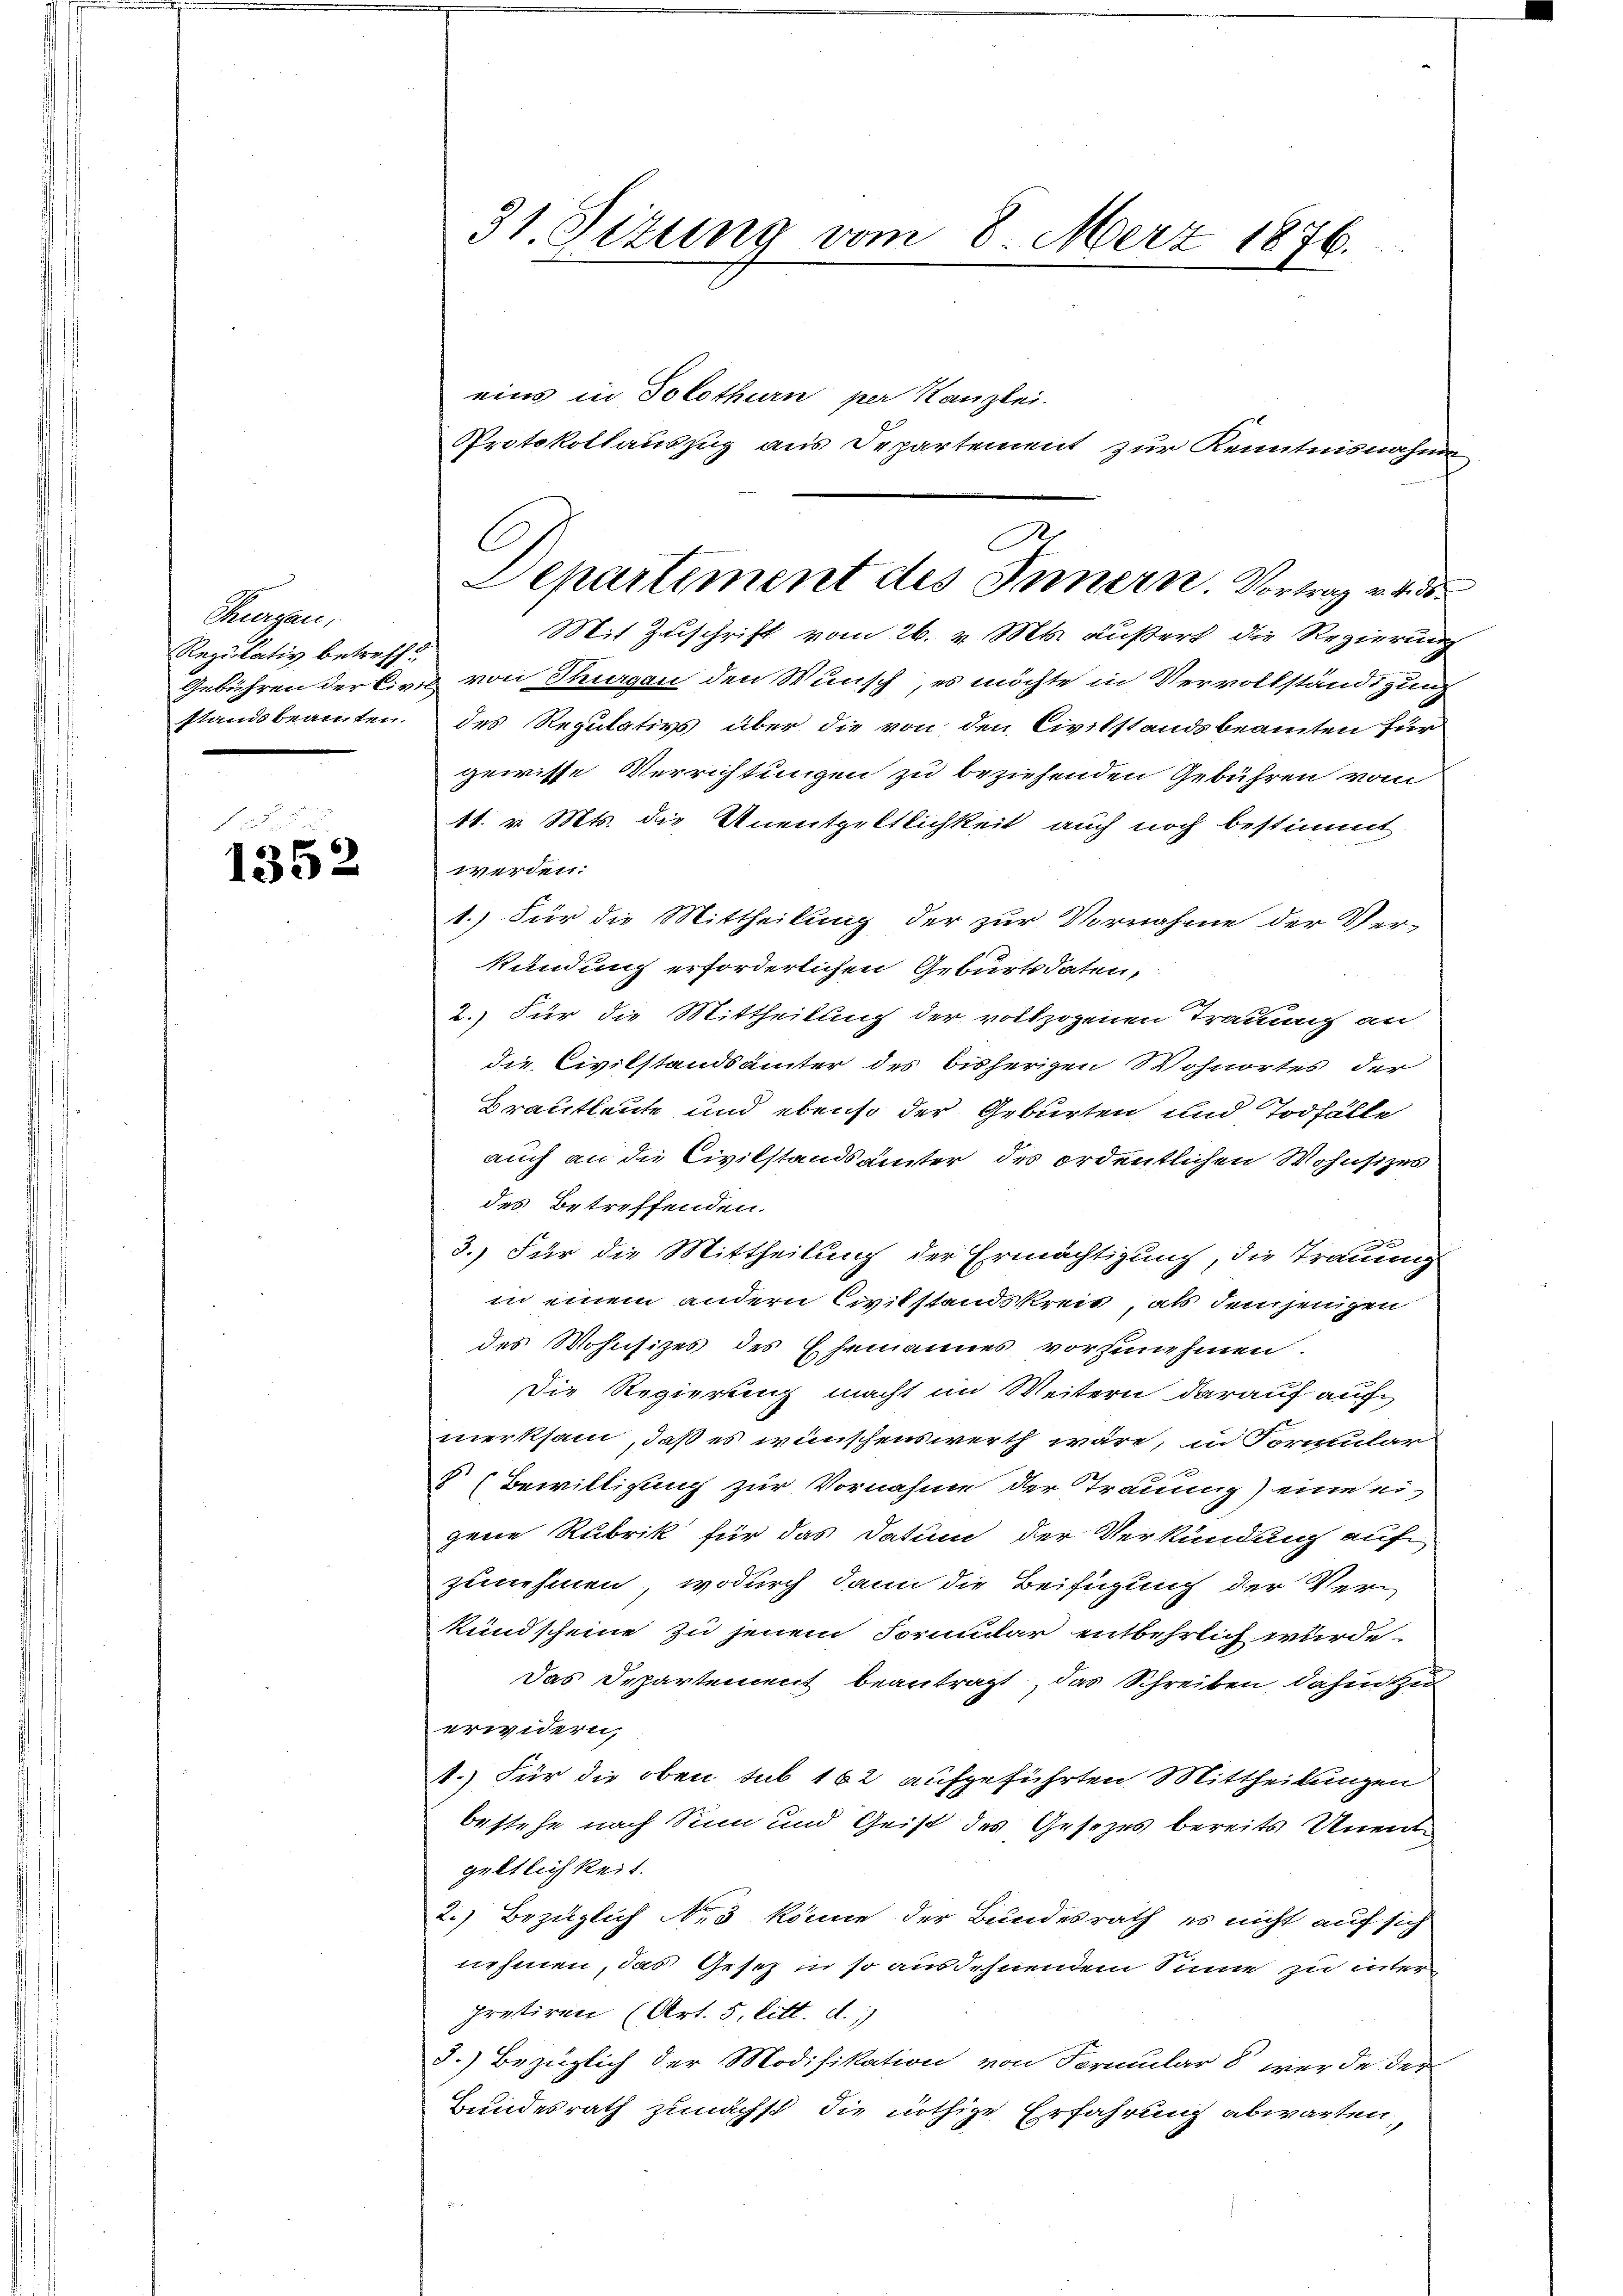
Seegen
Regulativ betreff
Gebühren der Civil-
standsbeamten.

1352

31. Sizung vom 8. Merz 1876.

eins in Solothurn per Kanzlei.
Mit Zuschrift vom 26. v. Mts. äußert, die Regierung
von Thurgau den Wunsch, es möchte in Vervollständigung
des Reputativs über die von den Civilstandsbeamten für
gewisse Verrichtungen zu beziehenden Gebühren vom
11. v. Mts. die Unentgeltlichkeit auch noch bestimmt
werden.
1.) Für die Mittheilung der zur Vornahme der Ver-
kündung erforderlichen Geburtsdaten,
2.) Für die Mittheilung der vollzogenen Trauung an
die Civilstandsämter des bisherigen Wohnortes der
Brautleute und ebenso der Geburten und Todfälle
auch an die Civilstandsämter des ordentlichen Wohnsitzes
des Betreffenden.
e
3.) Für die Mittheilung der Ermächtigung, die Trauung
in einem andern Civilstandskreis, als demjenigen
des Wohnsizes des Ehemannes vorzunehmen.
Die Regierung macht im Weitern darauf auf
merksam, daß es wünschenswerth wäre, in Formular
 (Bewilligung zur Vornahme der Trauung) eine eigene Rubrik für das Datum der Verkündung auf
zunehmen, wodurch dann die Beifügung der Ver¬
Kundscheine zu jenem Formular entbehrlich wurde.
Das Departement beantragt, das Schreiben, dahin zu
erwidern,
1.) Für die oben sub 162 aufgeführten Mittheilungen
bestehe nach Sinn und Geist des Gesetzes bereits Unentgeltlichkeit.
2.) Bezüglich N. 3 könne der Bundesrath, es nicht auf sich
nehmen, das Gesetz in so ausdehnendem Sinne zu unter
pretiren (Art. 5. litt. d.)
3.) Bezüglich der Modifikation von Formular 8 werde der
Bundesrath zunächst die nöthige Erfahrung abwarten,

Protokollauszug aus Departement zur Kenntnisnahme

A
C
Departiment des Innern. Vortrag v. 4. 35